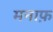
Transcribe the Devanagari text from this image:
मनाफ़